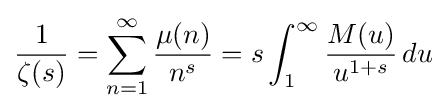
{\frac {1}{\zeta (s)}}=\sum _{n=1}^{\infty }{\frac {\mu (n)}{n^{s}}}=s\int _{1}^{\infty }{\frac {M(u)}{u^{1+s}}}\,du